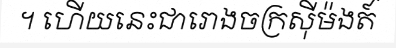
។ ហើយនេះជារោងចក្រស៊ីម៉ងត៍